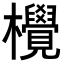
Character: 𪴤